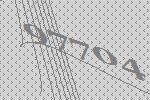
97704